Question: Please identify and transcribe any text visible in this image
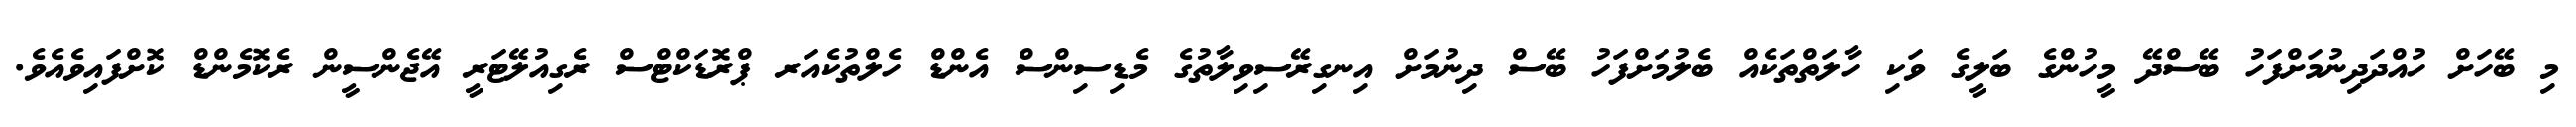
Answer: މި ބޭހަށް ހުއްދަދިނުމަށްފަހު ބޭސްދޭ މީހުންގެ ބަލީގެ ވަކި ހާލަތްތަކެއް ބެލުމަށްފަހު ބޭސް ދިނުމަށް އިނގިރޭސިވިލާތުގެ މެޑިސިންސް އެންޑް ހެލްތުކެއަރ ޕްރޮޑަކްޓްސް ރެގިއުލޭޓަރީ އޭޖެންސީން ރެކޮމެންޑް ކޮށްފައިވެއެވެ.